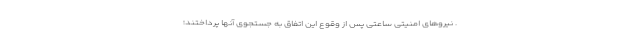
. نیروهای امنیتی ساعتی پس از وقوع این اتفاق به جستجوی آنها پرداختند؛